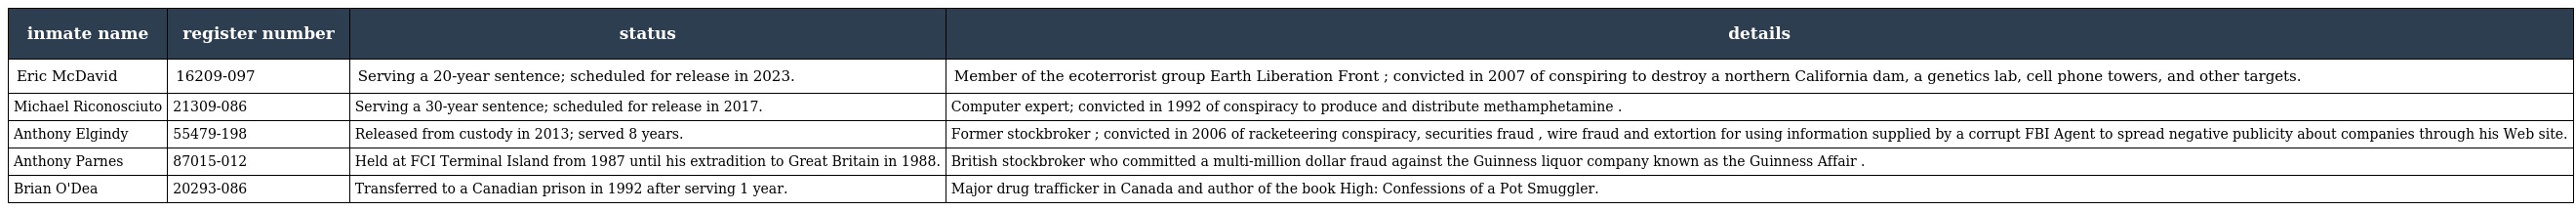
| inmate name | register number | status | details |
 | --- | --- | --- | --- |
 | Eric McDavid | 16209-097 | Serving a 20-year sentence; scheduled for release in 2023. | Member of the ecoterrorist group Earth Liberation Front ; convicted in 2007 of conspiring to destroy a northern California dam, a genetics lab, cell phone towers, and other targets. |
 | Michael Riconosciuto | 21309-086 | Serving a 30-year sentence; scheduled for release in 2017. | Computer expert; convicted in 1992 of conspiracy to produce and distribute methamphetamine . |
 | Anthony Elgindy | 55479-198 | Released from custody in 2013; served 8 years. | Former stockbroker ; convicted in 2006 of racketeering conspiracy, securities fraud , wire fraud and extortion for using information supplied by a corrupt FBI Agent to spread negative publicity about companies through his Web site. |
 | Anthony Parnes | 87015-012 | Held at FCI Terminal Island from 1987 until his extradition to Great Britain in 1988. | British stockbroker who committed a multi-million dollar fraud against the Guinness liquor company known as the Guinness Affair . |
 | Brian O'Dea | 20293-086 | Transferred to a Canadian prison in 1992 after serving 1 year. | Major drug trafficker in Canada and author of the book High: Confessions of a Pot Smuggler. |